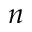
n